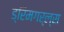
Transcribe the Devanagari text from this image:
ड्रिमगर्ल्स